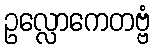
ဥလ္လောကေတဗ္ဗံ